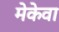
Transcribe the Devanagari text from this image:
मेकेवा